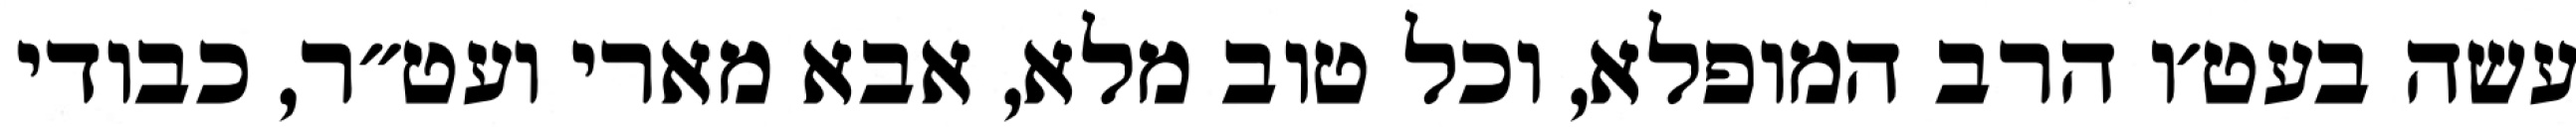
עשה בעט׳ו הרב המופלא, וכל טוב מלא, אבא מארי ועט״ר, כבודי